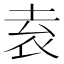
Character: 𡋡